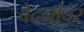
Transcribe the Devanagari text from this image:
वेदनांवर